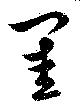
閨